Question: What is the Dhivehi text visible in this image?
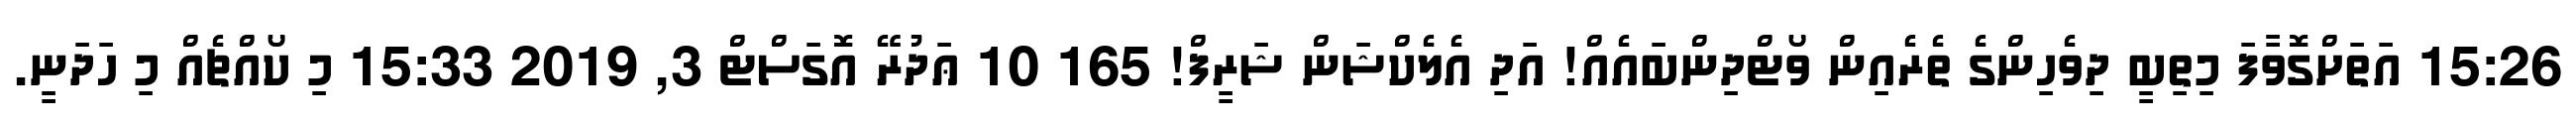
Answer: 15:26 އަތަށްގޮވާފަ މިތިބީ ދިވެހިންގެ ތެރެއިން ވޯޓްދިންބައެއް! އަދި އެލެކްޝަން ޝަރީފް! 165 10 ޢަދުރޭ އޮގަސްޓް 3, 2019 15:33 މި ކޯއްޗެއް މި ހަދަނީ.